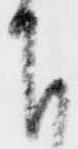
下